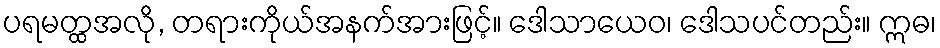
ပရမတ္ထအလို, တရားကိုယ်အနက်အားဖြင့်။ ဒေါသာယေဝ၊ ဒေါသပင်တည်း။ ဣဓ၊